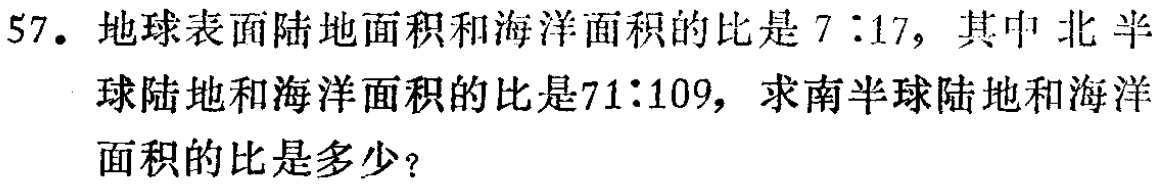
57. 地球表面陆地面积和海洋面积的比是\(7:17\)，其中北半球陆地和海洋面积的比是\(71:109\)，求南半球陆地和海洋面积的比是多少？